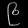
Digit: ၉